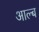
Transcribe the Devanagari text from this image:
आल्ब